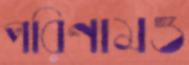
পরিণামও